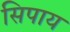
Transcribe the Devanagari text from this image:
सिपाय